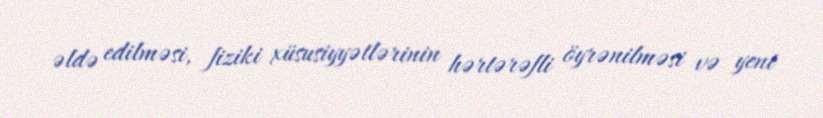
əldə edilməsi, fiziki xüsusiyyətlərinin hərtərəfli öyrənilməsi və yeni